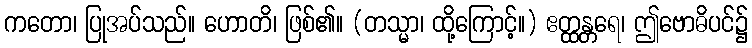
ကတော၊ ပြုအပ်သည်။ ဟောတိ၊ ဖြစ်၏။ (တသ္မာ၊ ထို့ကြောင့်။) ဧတ္ထန္တရေ၊ ဤဗောဓိပင်၌